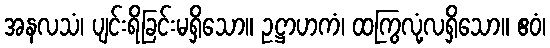
အနလသံ၊ ပျင်းရိခြင်းမရှိသော။ ဥဋ္ဌာဟကံ၊ ထကြွလုံ့လရှိသော။ ဧဝံ၊